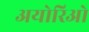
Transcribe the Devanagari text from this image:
अयोरिओ